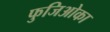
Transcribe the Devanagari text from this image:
फुजिओका